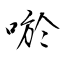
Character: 唹